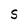
Character: S